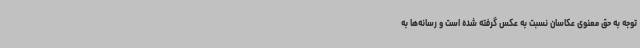
توجه به حق‌ معنوی عکاسان نسبت به عکس گرفته شده است و رسانه‌ها به